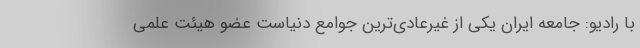
با رادیو: جامعه ایران یکی از غیرعادی‌ترین جوامع دنیاست عضو هیئت علمی